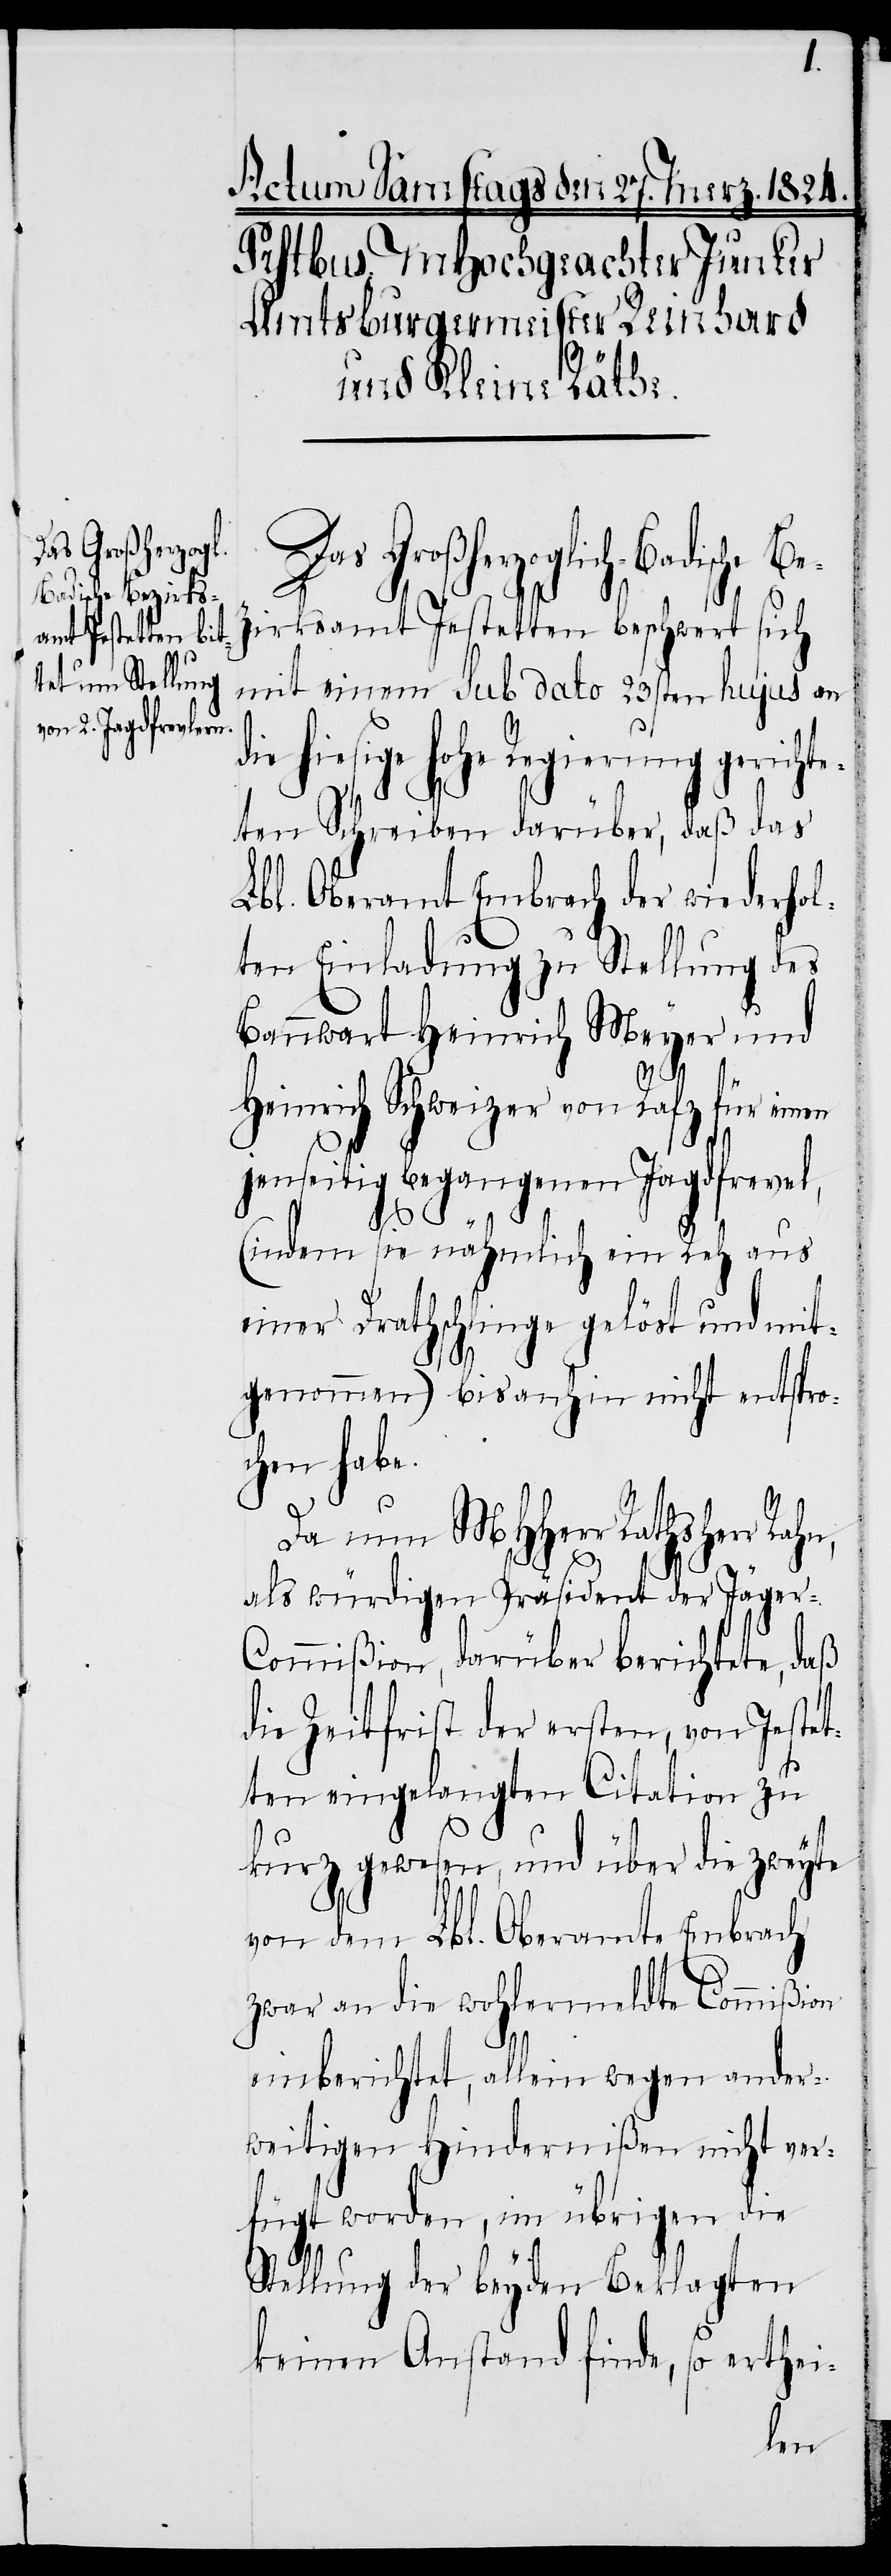
Das Großherzogl¬

ich-Badische Be¬
zirksamt Jestetten beschwert sich
mit einem sub dato 23sten hujus an
hiesige hohe Regierung gericht¬
eten Schreiben darüber, daß das
Lbl. Oberamt Embrach der wiederhol¬
ten Einladung zu Stellung des
Bannwart Heinrich Meyer und
Heinrich Schweizer von Rafz für einen
jenseitig begangenen Jagdfrevel,
(indem sie nähmlich ein Reh aus
einer Drathschlinge gelöst und mit¬
genommen) bisanhin nicht entspro¬
chen habe.
Da nun MHHerr Rathsherr
als würdigen Präsident der Jäger-C¬
ommißion, darüber berichtete, daß
die Zeitfrist der erstern, von Jestet¬
ten eingelangten Citation zu
kurz gewesen, und über die zweyte
von dem Lbl. Oberamte Embrach
zwar an die wohlermeldte Commißion
die
einberichtet, allein wegen ander¬
weitigen Hindernißen nicht ver¬
fügt worden, im übrigen die
Stellung der beyden Beklagten
keinen Anstand finde, so erthei-